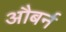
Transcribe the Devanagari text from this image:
औबर्न